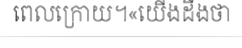
ពេលក្រោយ។«យើងដឹងថា